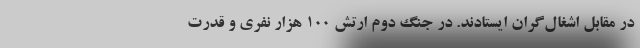
در مقابل اشغال‌گران ایستادند. در جنگ دوم ارتش 100 هزار نفری و قدرت